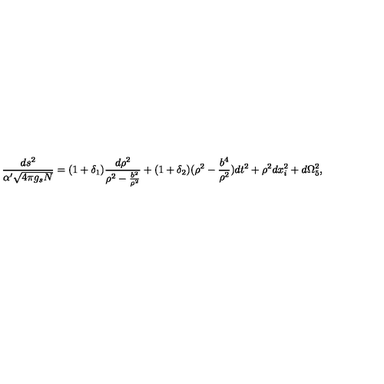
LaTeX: \frac { d s ^ { 2 } } { \alpha ^ { \prime } \sqrt { 4 \pi g _ { s } N } } = ( 1 + \delta _ { 1 } ) \frac { d \rho ^ { 2 } } { \rho ^ { 2 } - \frac { b ^ { 2 } } { \rho ^ { 2 } } } + ( 1 + \delta _ { 2 } ) ( \rho ^ { 2 } - \frac { b ^ { 4 } } { \rho ^ { 2 } } ) d t ^ { 2 } + \rho ^ { 2 } d x _ { i } ^ { 2 } + d \Omega _ { 5 } ^ { 2 } ,